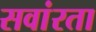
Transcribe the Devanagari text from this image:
सवांरता